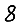
Digit: 8